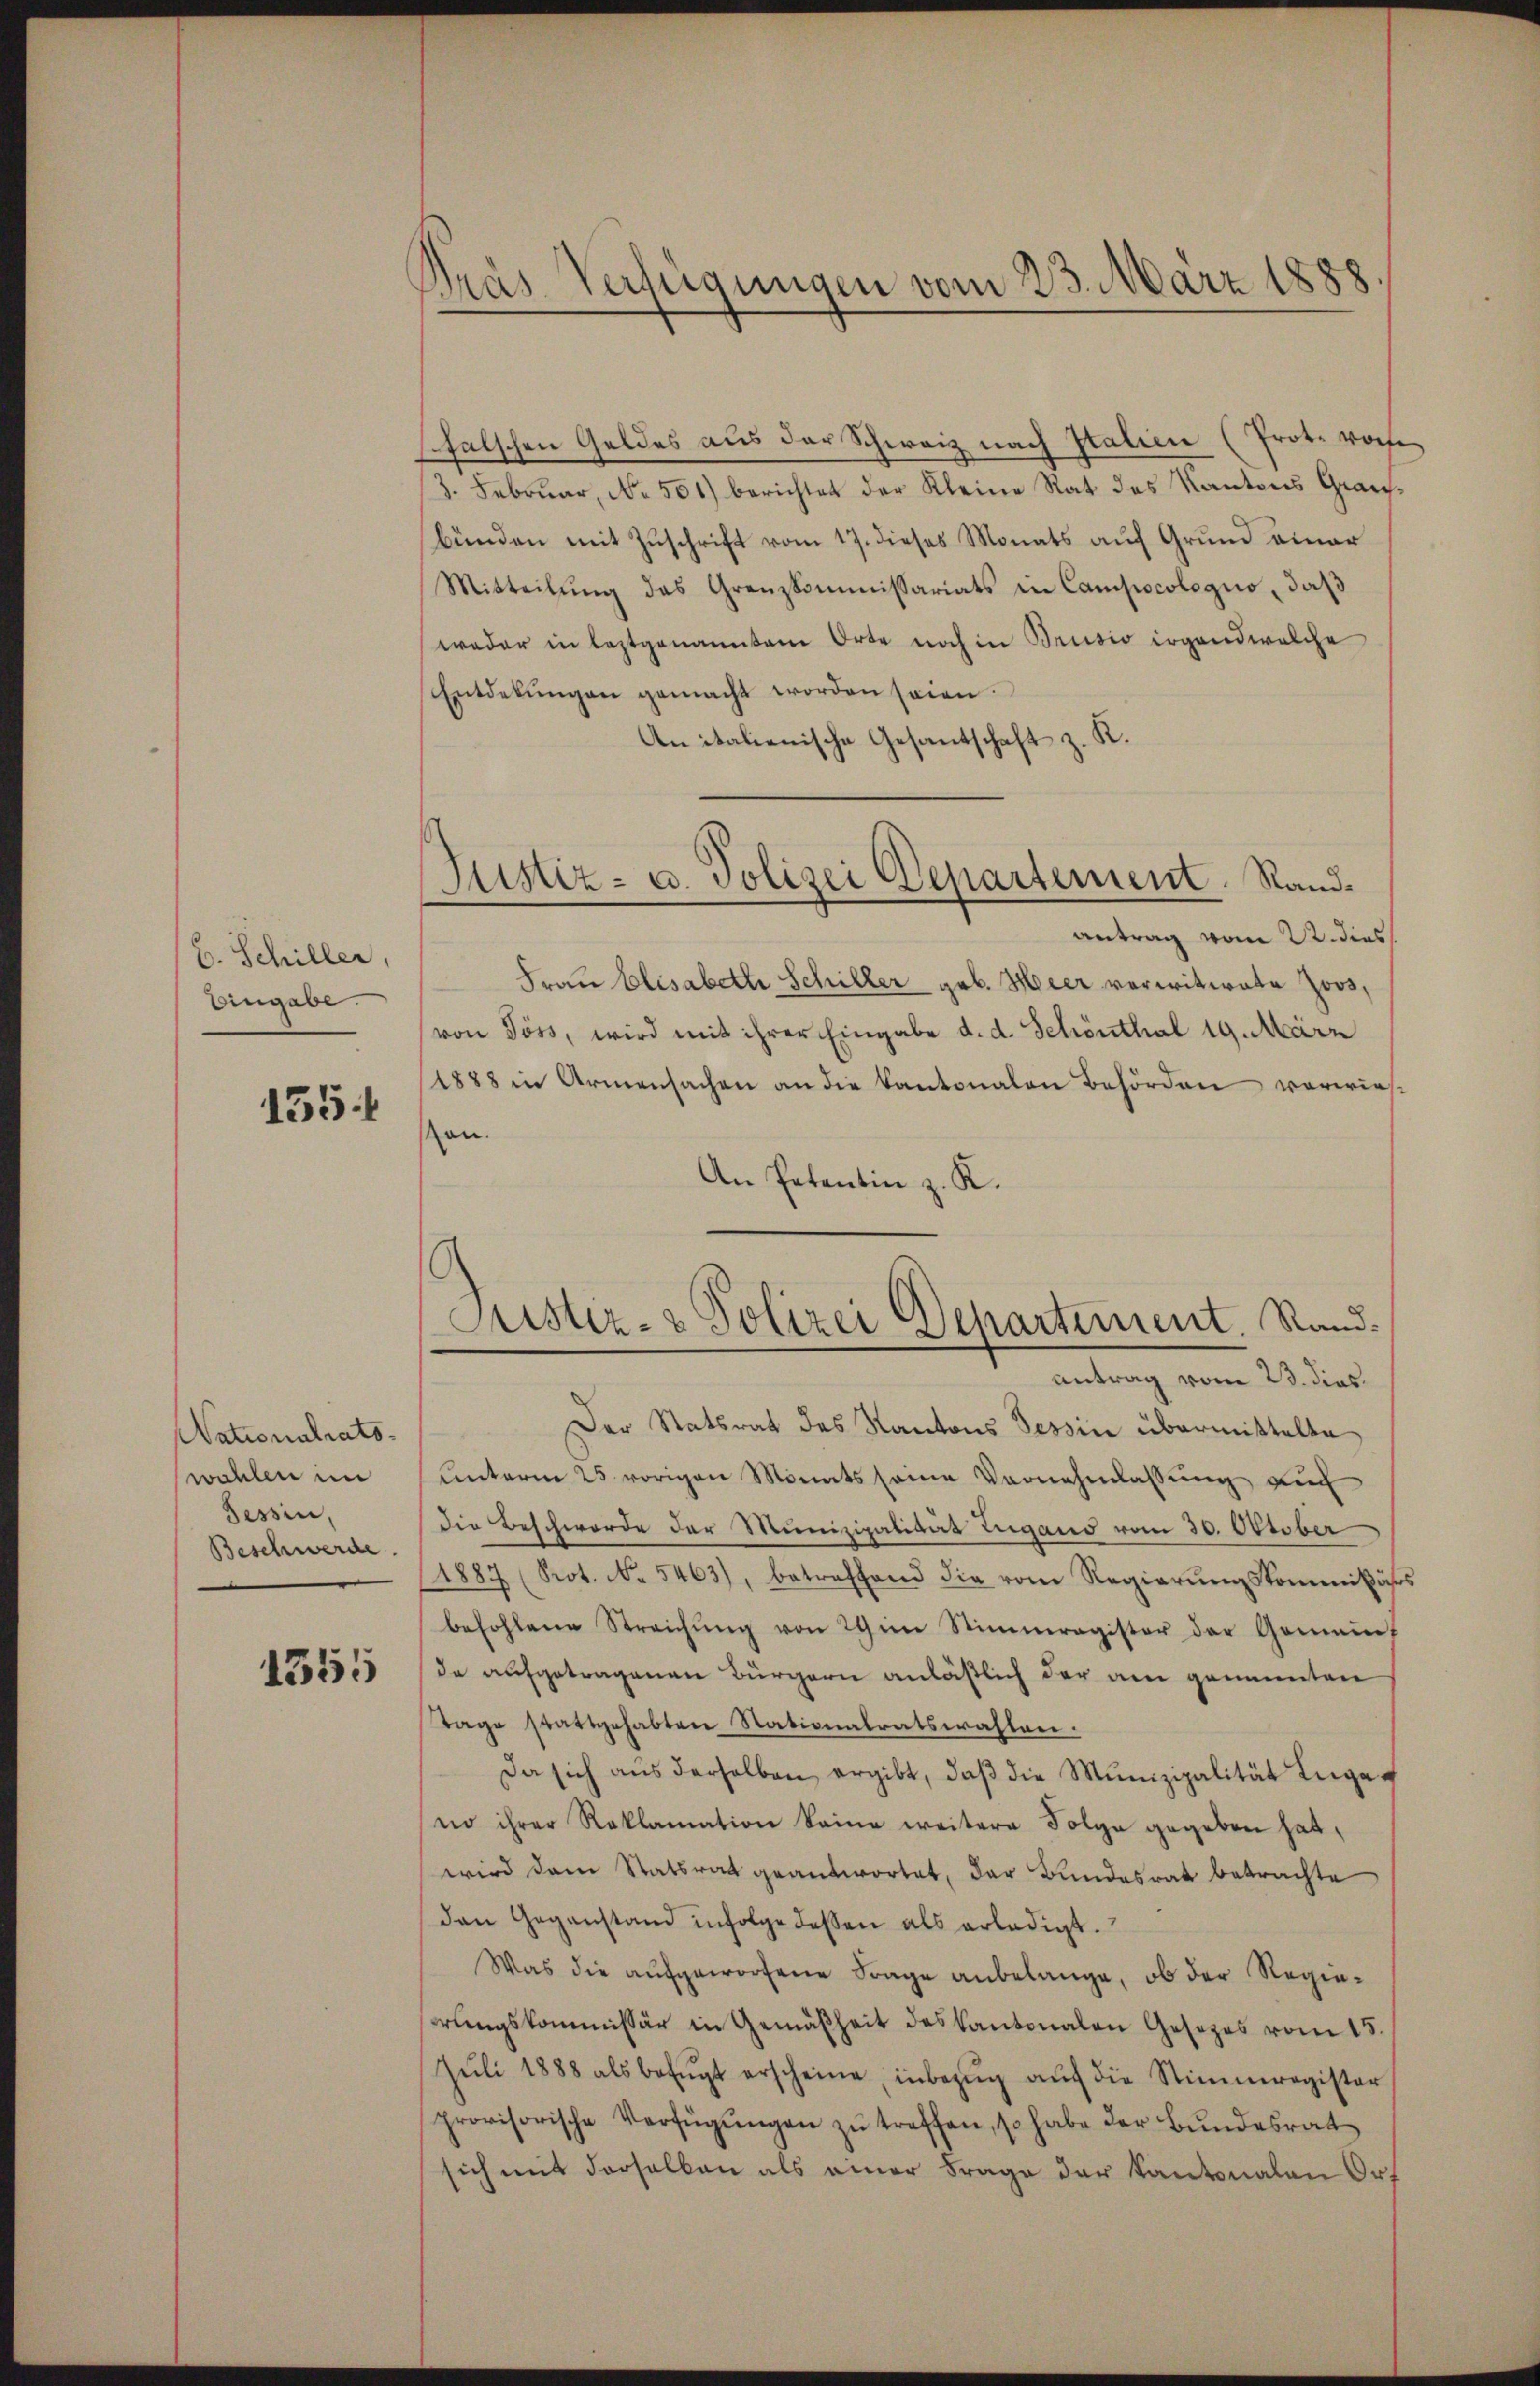
b. Schiller,
Eingabe.

155

Nationalrats-
wahlen in
Tessin,
Beschwerde.

1355

Pras Verfügungen vom 23. März 1888

falschen Geldes aus der Schweiz nach Italien (Prot. vorhe
3. Februar, No. 501) berichtet der Kleine Rat des Kantons Graubünden mit Zuschrift vom 17. dieses Monats auf Grund einer
Mitteilŭng das Grenzkommissariats in Campocologno, daß
weder in leztgenanntem Orte noch in Brusio irgend welche
Entdekŭngen gemacht worden seien.
Anitalienische Gesantschaft z. K.
antrag vom 22. dies
Frau Elisabeth Schiller geb. Hier verwitwete Zoos,
von Pöss, wird mit ihrer Eingabe d. d. Schönthal 19. März
1888 in Armensachen an die Kantonalen Behörden vorwies
on.
An Patentin z. K.
Justiz- & Polizei Departement. Randantrag vom 23. dies
Der Statsrat des Kantons Tessin übermittelte
Unterm 25. vorigen Monats seine Vernehmlassung auch
die Beschwerde der Munizipalität Lugano vom 30. Oktober
1887 (Prot. No. 5463), betreffend die vom Regierŭngskommißär
befohlene Streichŭng von 29 in Stimmregister der Gemeint
de aufgetragenen Bürgern anläßlich der am genannten
Tage stattgehabten Nationalratswahlen.
Da sich aus derselben ergibt, daβ die Munizipalität Ingeno ihrer Reklamation keine weitere Folge gegeben hat,
wird dem Statsrat geantwortet, der Bundesrat betrachte
den Gegenstand infolge dessen als erledigt.
Was die aufgeworfene Frage anbelange, ob der Regierrungskommissär in Gemäßheit des Kantonalen Gesezes vom 15
Jŭli 1888 als befŭgt erscheine, inbezug auf die Stimmregister
provisorische Verfügŭngen zŭ treffen, so habe der Bŭndesrat
sich mit derselben als einer Frage der Kantonalen Ort

Justiz- u. Polizei Departement. Sand¬